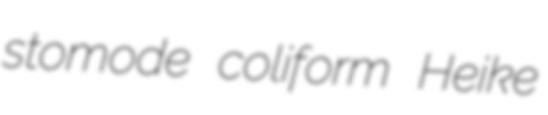
stomode coliform Heike